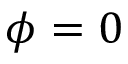
\phi = 0